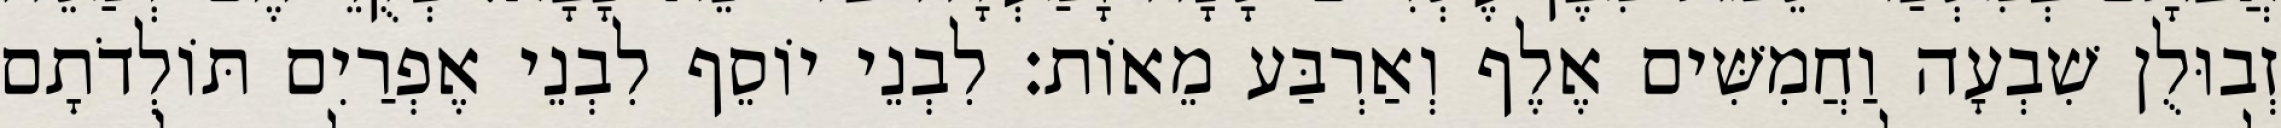
זְבוּלֻן שִׁבְעָה וַחֲמִשִּׁים אֶלֶף וְאַרְבַּע מֵאוֹת׃ לִבְנֵי יוֹסֵף לִבְנֵי אֶפְרַיִם תּוֹלְדֹתָם